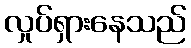
လှုပ်ရှားနေသည်